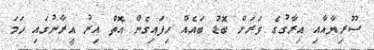
ސޫރިޔާއާއި އިރާގުގެ ވަރަށް ބޮޑު ބައެއް ހިފައިގެން އޮތް އިރު އީރާނުގައި ހަމަ